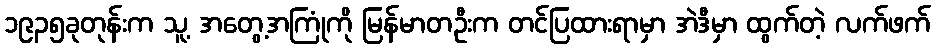
၁၉၃၅ခုတုန်းက သူ့ အတွေ့အကြုံကို မြန်မာတဦးက တင်ပြထားရာမှာ အဲဒီမှာ ထွက်တဲ့ လက်ဖက်